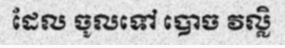
ដែល ចូលទៅ បោច វល្លិ